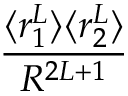
\frac { \langle r _ { 1 } ^ { L } \rangle \langle r _ { 2 } ^ { L } \rangle } { R ^ { 2 L + 1 } }